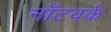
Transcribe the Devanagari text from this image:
नॉटवर्क